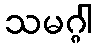
သမဂ္ဂါ